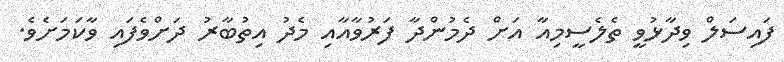
ފައިސަލް ވިދާޅުވީ ތެލެސީމިއާ އަށް ދެމުންދާ ފަރުވާއާއި މެދު އިތުބާރު ދަށްވެފައި ވާކަމަށެވެ.